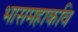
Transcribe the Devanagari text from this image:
भासमहाकवि